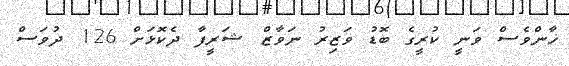
ޚާންވެސް ވަނީ ކުރީގެ ބޮޑު ވަޒިރު ނަވާޒް ޝަރީފާ ދެކޮޅަށް 126 ދުވަސް